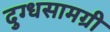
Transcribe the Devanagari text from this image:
दुग्धसामग्री